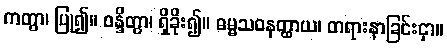
ကတွာ၊ ပြု၍။ ဝန္ဒိတွာ၊ ရှိခိုး၍။ ဓမ္မသဝနတ္ထာယ၊ တရားနာခြင်းငှာ။